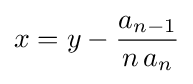
x=y-{\frac {a_{n-1}}{n\,a_{n}}}